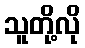
သူတို့လို